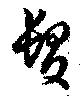
髪